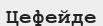
Цефейде